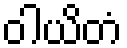
ဝါယိတံ